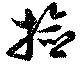
撿